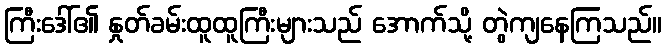
ကြီးဒေါ်၏ နှုတ်ခမ်းထူထူကြီးများသည် အောက်သို့ တွဲကျနေကြသည်။